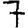
Digit: 7